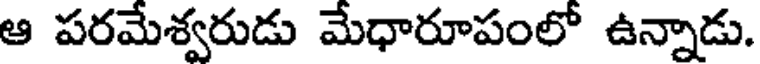
ఆ పరమేశ్వరుడు మేధారూపంలో ఉన్నాడు.